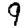
Digit: 9